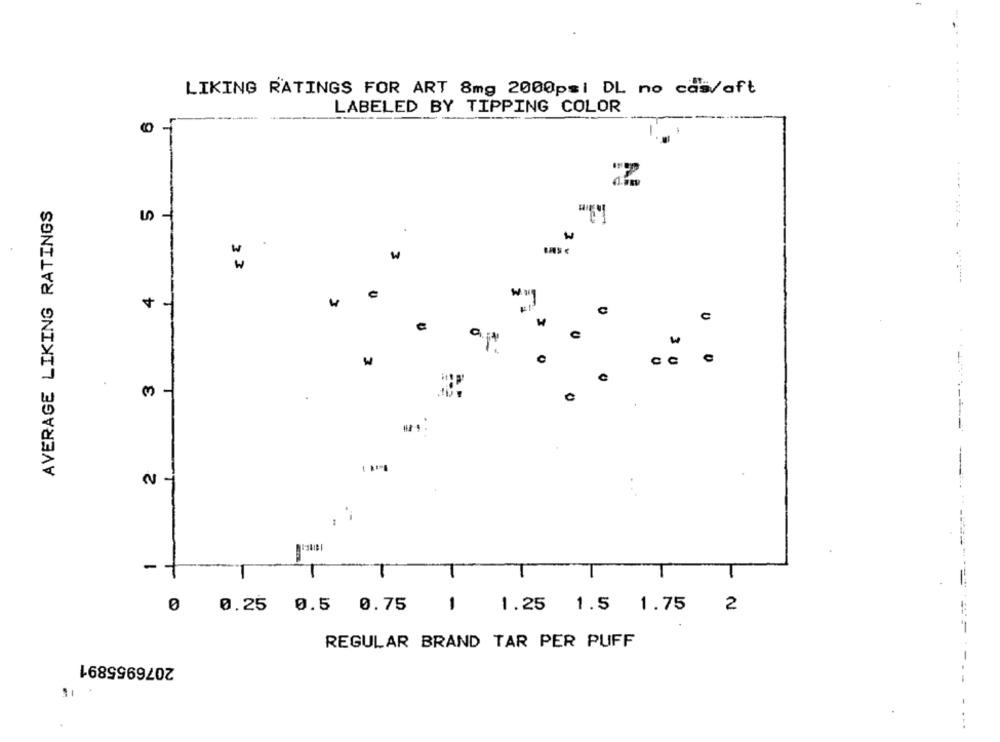
LIKING RATINGS FOR ART 8mg 2000psi DL no cas/aft
LABELED BY TIPPING COLOR
AVERAGE LIKING RATINGS
S
>3
4
C
W
CC
31
0
2
- +
--
0 0.25 0.5 0.75
1
1.25 1.5 1.75
2
REGULAR BRAND TAR PER PUFF
2076955891